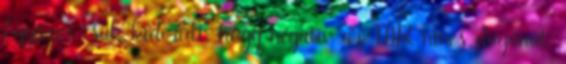
Egyszer csak kiderült, hogy negatív az MR nincs daganat.